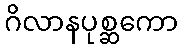
ဂိလာနပုစ္ဆကော